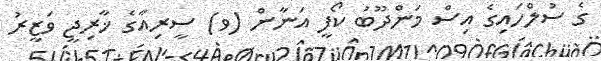
ގެ ސުލްހައިގެ އިސް މަންދޫބު ކޯފީ އަނާން (ވ) ސީރިއާގެ ޚާރިޖީ ވަޒީރު